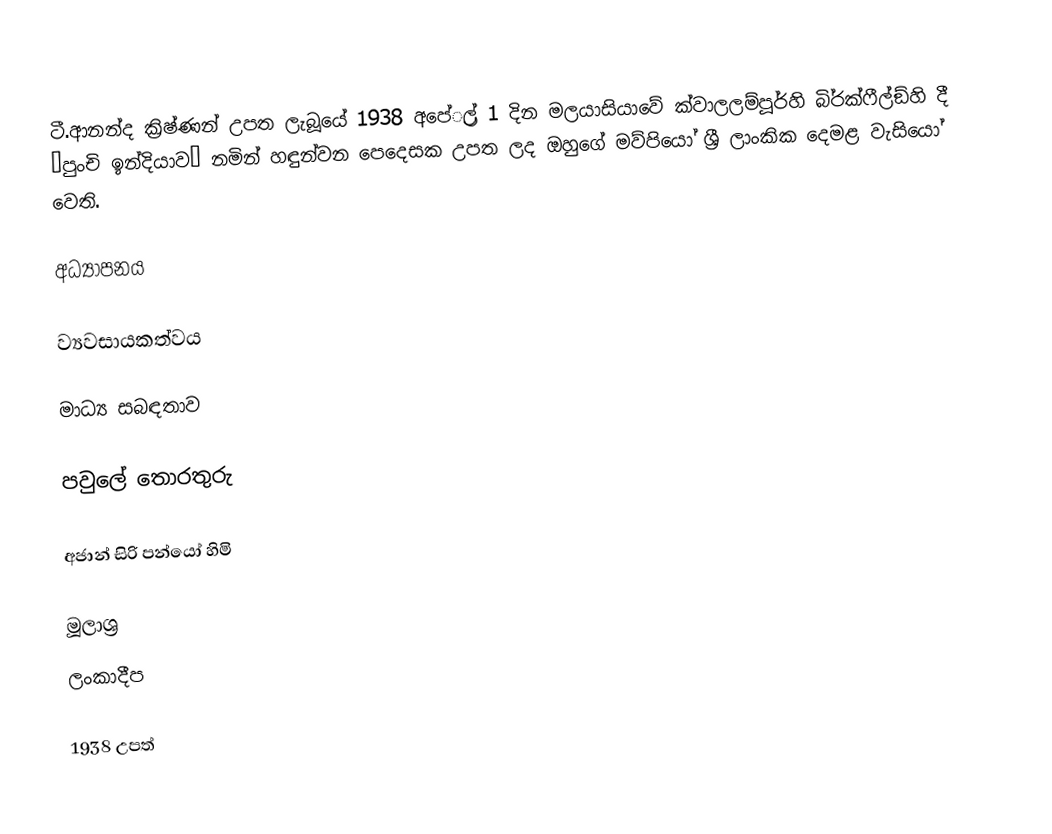
ටී.ආනන්ද ක‍්‍රිෂ්ණන් උපත ලැබූයේ 1938 අපේ‍්‍රල් 1 දින මලයාසියාවේ ක්වාලලම්පූර්හි බි‍්‍රක්ෆීල්ඞ්හි දී ‘පුංචි ඉන්දියාව’ නමින් හඳුන්වන පෙදෙසක උපත ලද ඔහුගේ මව්පියෝ ශ්‍රී ලාංකික දෙමළ වැසියෝ වෙති.

අධ්‍යාපනය

ව්‍යවසායකත්වය

මාධ්‍ය සබඳතාව

පවුලේ තොරතුරු

අජාන් සිරි පන්යෝ හිමි

මූලාශ්‍ර
ලංකාදීප

1938 උපත්